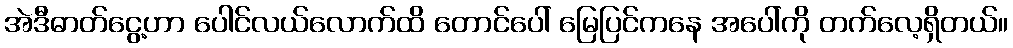
အဲဒီဓာတ်ငွေ့ဟာ ပေါင်လယ်လောက်ထိ တောင်ပေါ် မြေပြင်ကနေ အပေါ်ကို တက်လေ့ရှိတယ်။